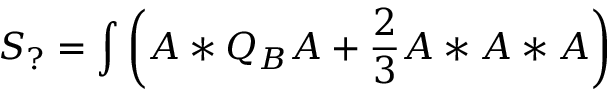
S _ { ? } = \int \left( A * Q _ { B } A + \frac { 2 } { 3 } A * A * A \right)